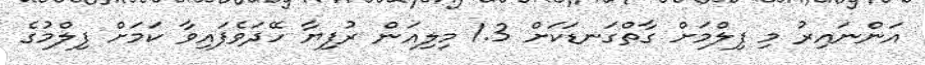
އަންނައިރު މި ފިލްމަށް ގާތްގަނޑަކަށް 1.3 މިލިއަން ރުފިޔާ ހޭދަވެފައިވާ ކަމަށް ފިލްމުގެ